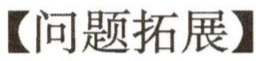
【问题拓展】